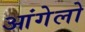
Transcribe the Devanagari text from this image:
आंगेलो